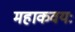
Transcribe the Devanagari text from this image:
महाकवयः